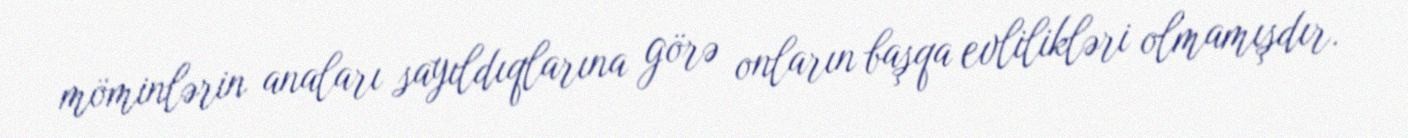
möminlərin anaları sayıldıqlarına görə onların başqa evlilikləri olmamışdır.